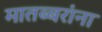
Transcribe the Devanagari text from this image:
मातब्बरांना